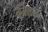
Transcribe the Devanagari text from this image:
ब्रैमिनस